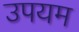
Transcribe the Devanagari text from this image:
उपयम